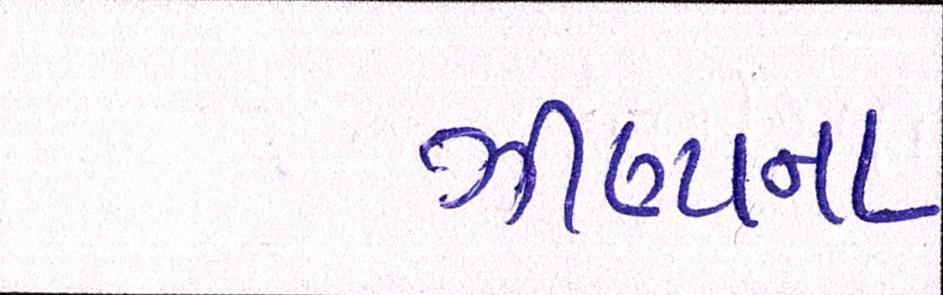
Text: ઝીણાના